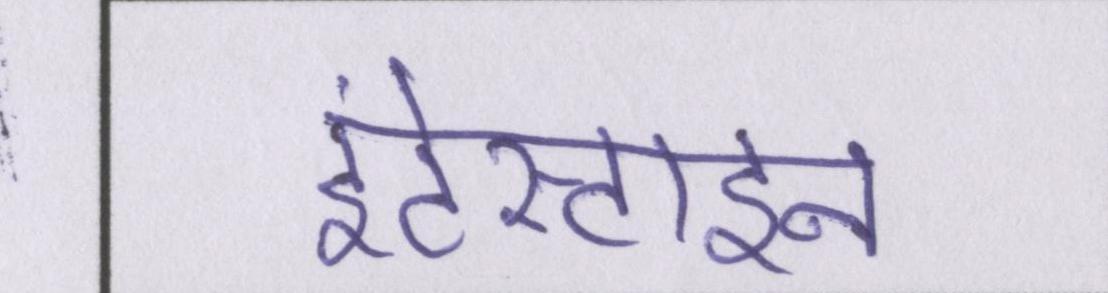
इंटेस्टाइन